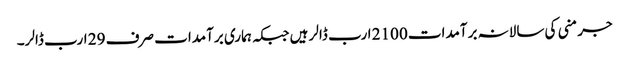
جرمنی کی سالانہ برآمدات 2100 ارب ڈالر ہیں جبکہ ہماری برآمدات صرف 29 ارب ڈالر۔